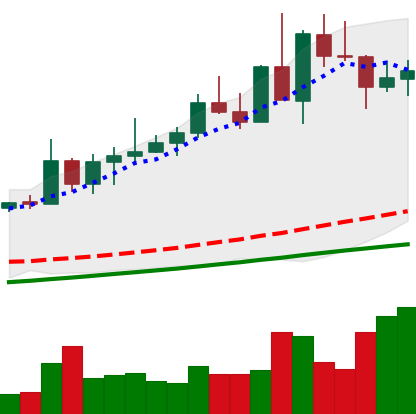
Ticker: NEO-USD
Chart end date: 2020-08-27
Forward return: 21.513%
Label: up_7plus